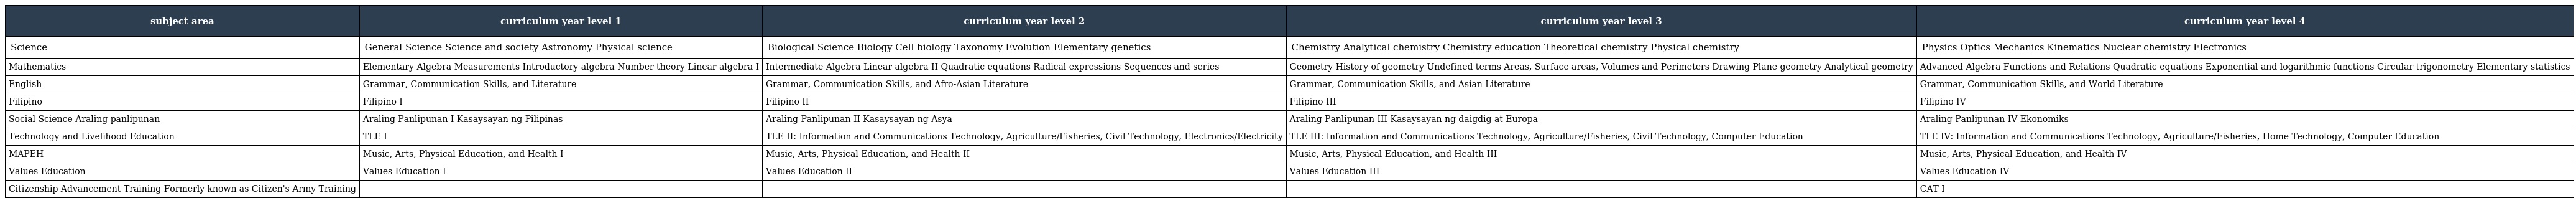
| subject area | curriculum year level 1 | curriculum year level 2 | curriculum year level 3 | curriculum year level 4 |
 | --- | --- | --- | --- | --- |
 | Science | General Science Science and society Astronomy Physical science | Biological Science Biology Cell biology Taxonomy Evolution Elementary genetics | Chemistry Analytical chemistry Chemistry education Theoretical chemistry Physical chemistry | Physics Optics Mechanics Kinematics Nuclear chemistry Electronics |
 | Mathematics | Elementary Algebra Measurements Introductory algebra Number theory Linear algebra I | Intermediate Algebra Linear algebra II Quadratic equations Radical expressions Sequences and series | Geometry History of geometry Undefined terms Areas, Surface areas, Volumes and Perimeters Drawing Plane geometry Analytical geometry | Advanced Algebra Functions and Relations Quadratic equations Exponential and logarithmic functions Circular trigonometry Elementary statistics |
 | English | Grammar, Communication Skills, and Literature | Grammar, Communication Skills, and Afro-Asian Literature | Grammar, Communication Skills, and Asian Literature | Grammar, Communication Skills, and World Literature |
 | Filipino | Filipino I | Filipino II | Filipino III | Filipino IV |
 | Social Science Araling panlipunan | Araling Panlipunan I Kasaysayan ng Pilipinas | Araling Panlipunan II Kasaysayan ng Asya | Araling Panlipunan III Kasaysayan ng daigdig at Europa | Araling Panlipunan IV Ekonomiks |
 | Technology and Livelihood Education | TLE I | TLE II: Information and Communications Technology, Agriculture/Fisheries, Civil Technology, Electronics/Electricity | TLE III: Information and Communications Technology, Agriculture/Fisheries, Civil Technology, Computer Education | TLE IV: Information and Communications Technology, Agriculture/Fisheries, Home Technology, Computer Education |
 | MAPEH | Music, Arts, Physical Education, and Health I | Music, Arts, Physical Education, and Health II | Music, Arts, Physical Education, and Health III | Music, Arts, Physical Education, and Health IV |
 | Values Education | Values Education I | Values Education II | Values Education III | Values Education IV |
 | Citizenship Advancement Training Formerly known as Citizen's Army Training |  |  |  | CAT I |